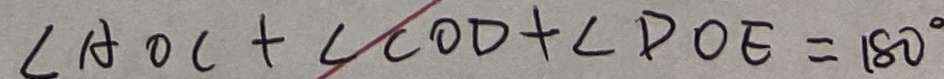
\angle A O C + \angle C O D + \angle D O E = 1 8 0 ^ { \circ }